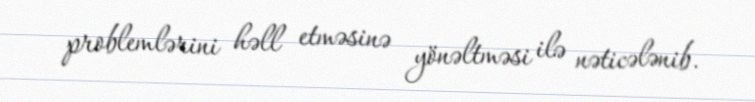
problemlərini həll etməsinə yönəltməsi ilə nəticələnib.